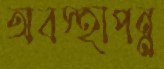
অবস্হাপন্ন